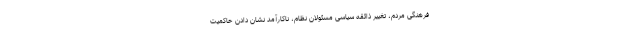
فرهنگی مردم، تغییر ذائقه سیاسی مسئولان نظام، ناکارآمد نشان دادن حاکمیت